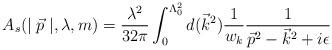
LaTeX: \begin{align*}A_s(\mid \vec p\mid ,\lambda ,m)=\frac{\lambda ^2}{32\pi }\int_0^{\Lambda_0^2}d(\vec k^2)\frac 1{w_k}\frac 1{\vec p^2-\vec k^2+i\epsilon } \end{align*}